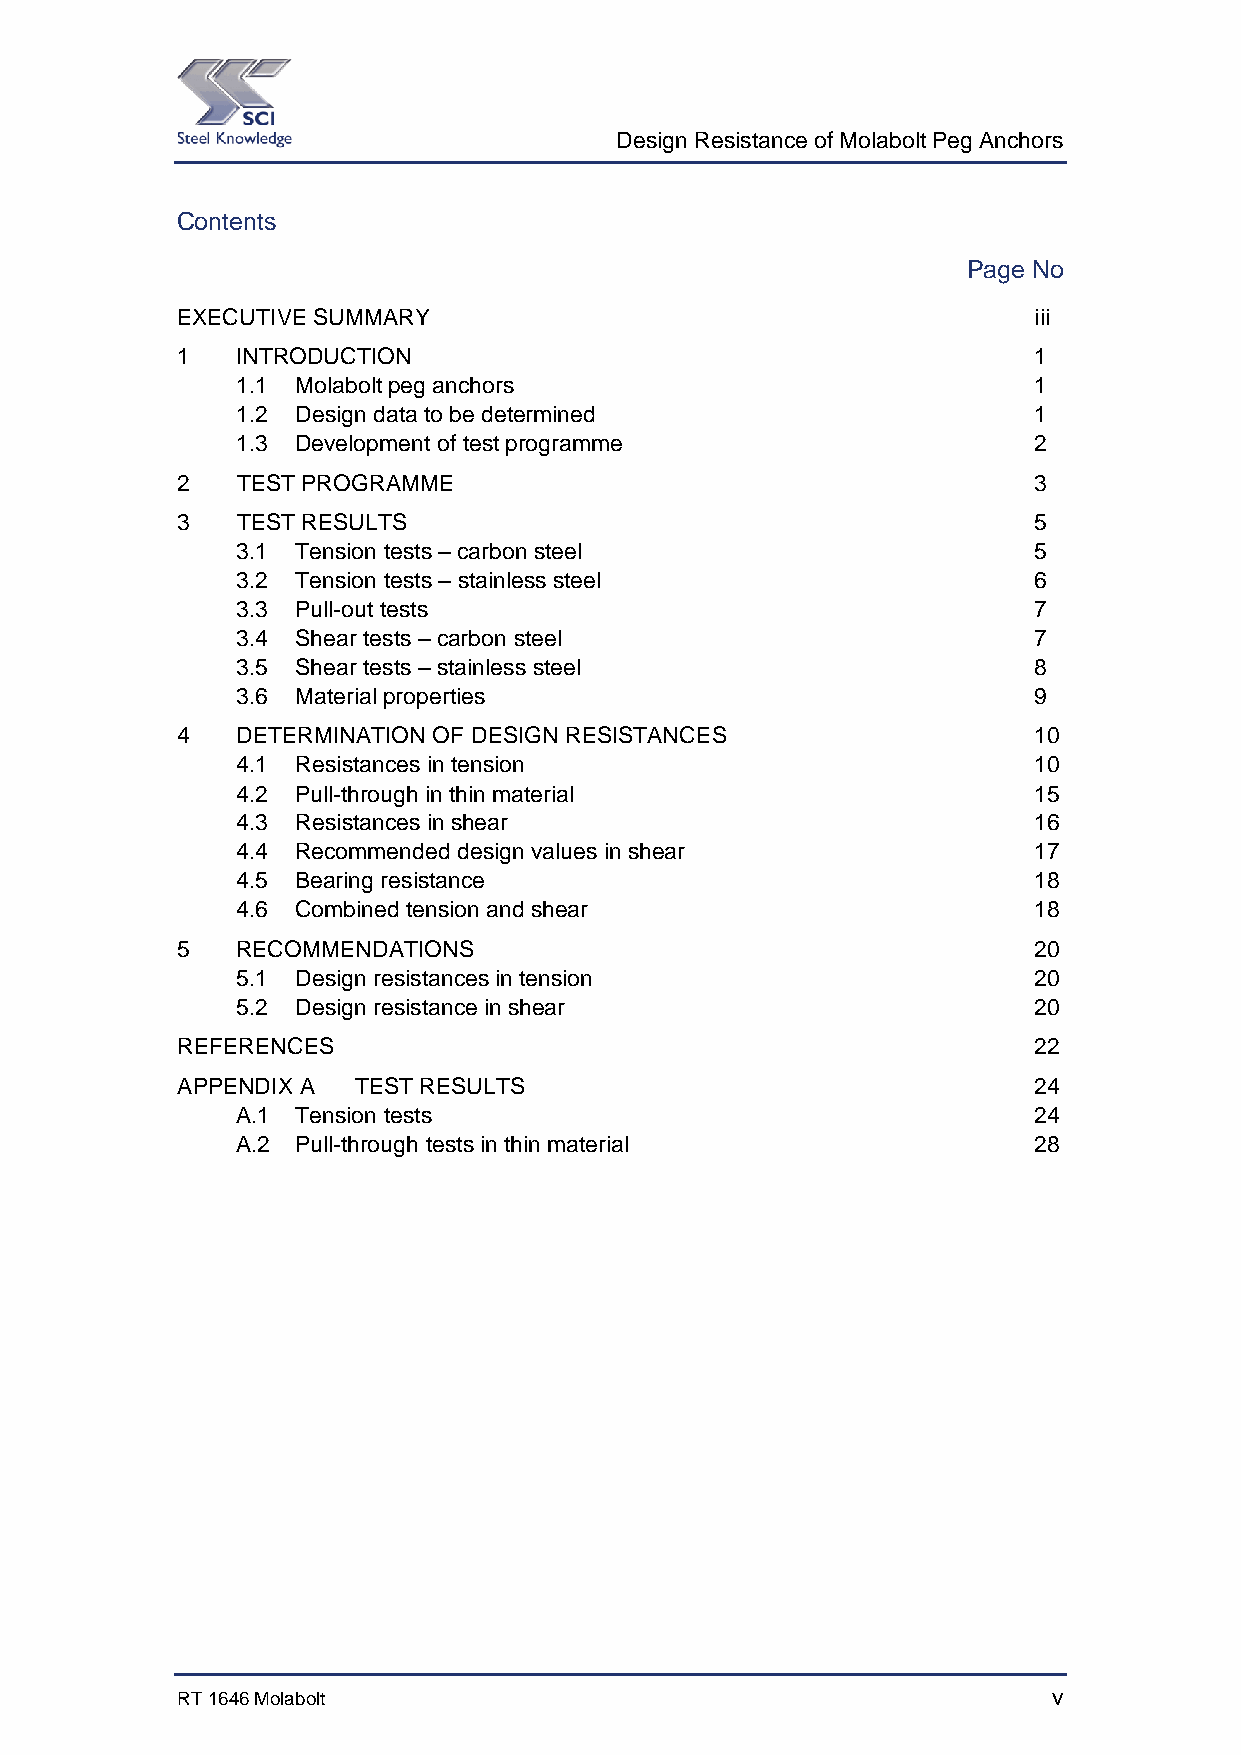
Design Resistance of Molabolt Peg Anchors
 Contents
 Page No
 EXECUTIVE SUMMARY                                       iii
 1   INTRODUCTION                                        1
 1.1 Molabolt peg anchors                            1
 1.2 Design data to be determined                    1
 1.3 Development of test programme                   2
 2   TEST PROGRAMME                                      3
 3   TEST RESULTS                                        5
 3.1 Tension tests – carbon steel                    5
 3.2 Tension tests – stainless steel                 6
 3.3 Pull-out tests                                  7
 3.4 Shear tests – carbon steel                      7
 3.5 Shear tests – stainless steel                   8
 3.6 Material properties                             9
 4   DETERMINATION OF DESIGN RESISTANCES                 10
 4.1 Resistances in tension                          10
 4.2 Pull-through in thin material                   15
 4.3 Resistances in shear                            16
 4.4 Recommended design values in shear              17
 4.5 Bearing resistance                              18
 4.6 Combined tension and shear                      18
 5   RECOMMENDATIONS                                     20
 5.1 Design resistances in tension                   20
 5.2 Design resistance in shear                      20
 REFERENCES                                              22
 APPENDIX A TEST RESULTS                                 24
 A.1 Tension tests                                   24
 A.2 Pull-through tests in thin material             28
 RT 1646 Molabolt                                          v